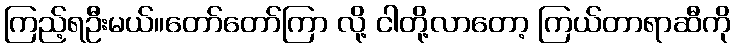
ကြည့်ရဦးမယ်။တော်တော်ကြာ လို့ ငါတို့လာတော့ ကြယ်တာရာဆီကို